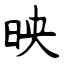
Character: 映